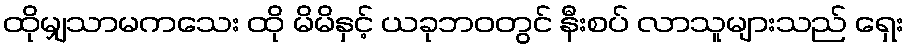
ထိုမျှသာမကသေး ထို မိမိနှင့် ယခုဘဝတွင် နီးစပ် လာသူများသည် ရှေး